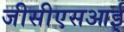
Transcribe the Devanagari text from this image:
जीसीएसआई